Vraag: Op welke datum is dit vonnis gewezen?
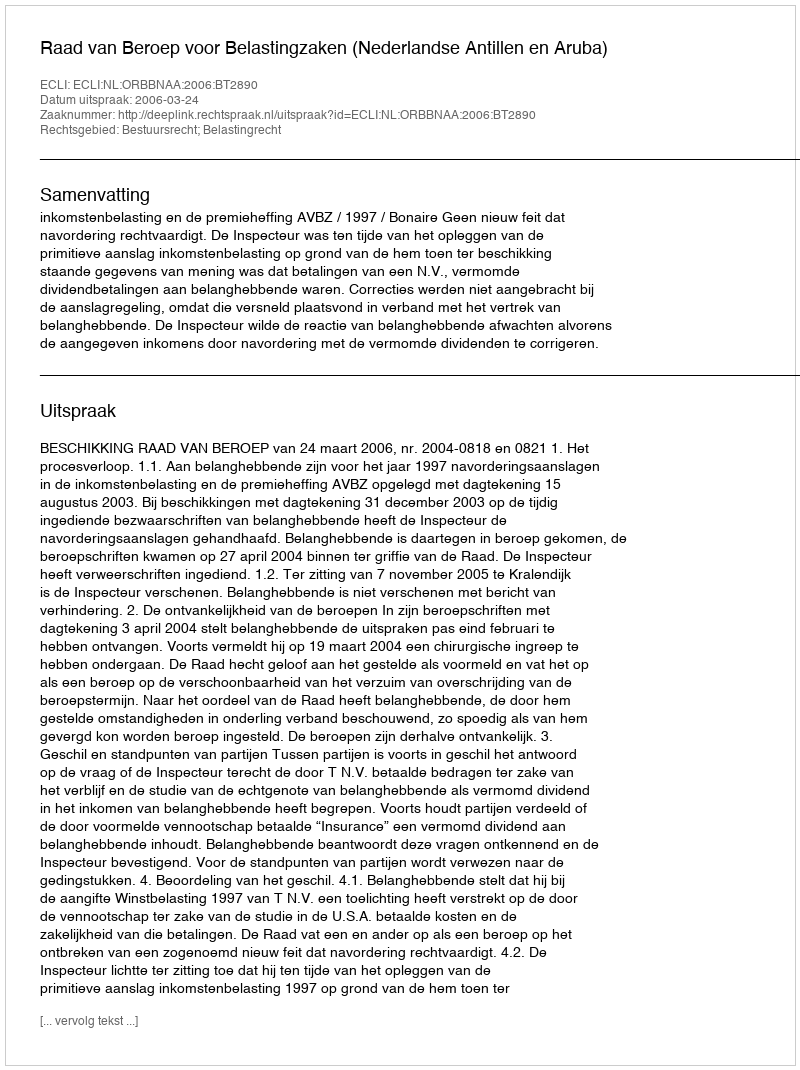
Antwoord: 2006-03-24